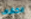
الكشاف